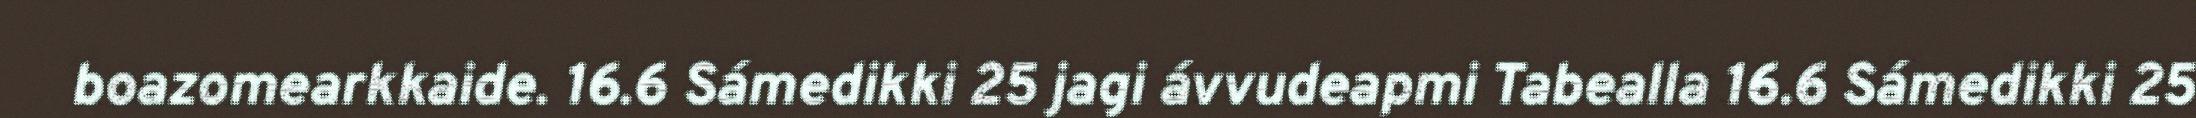
boazomearkkaide. 16.6 Sámedikki 25 jagi ávvudeapmi Tabealla 16.6 Sámedikki 25